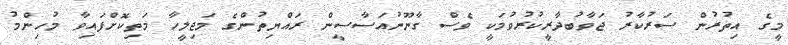
މީގެ އިތުރުން ސަރުކާރު ޖަވާބުދާރީކުރުވުމަކީ ވެސް ގާނޫނުއަސާސީން ރައްޔިތުންގެ މަޖިލީހާ މަތިކޮށްފައިވާ މުހިންމު